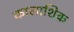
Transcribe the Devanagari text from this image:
कालाशिक